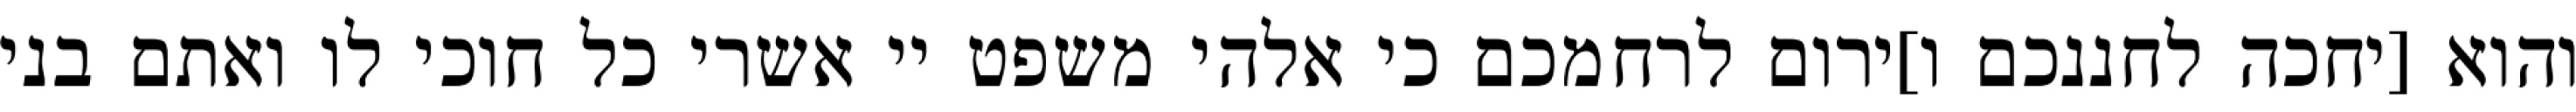
והוא [יחכה לחננכם ו]ירום לרחמכם כי אלהי משפט יי אשרי כל חוכי לו ואתם בני